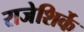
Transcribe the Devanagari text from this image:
राजेशिर्के